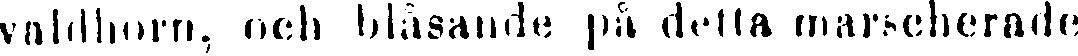
valdhorn, och blåsande på detta marscherade